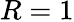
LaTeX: R=1